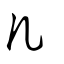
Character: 几